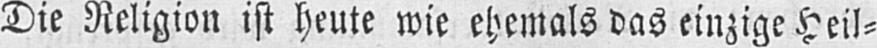
Die Religion ist heute wie ehemals das einzige Heil⸗